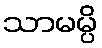
သာမမ္ပိ